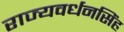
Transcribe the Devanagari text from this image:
राज्यवर्धनसिंह